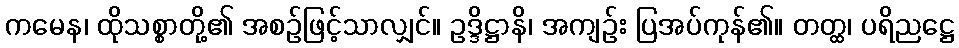
ကမေန၊ ထိုသစ္စာတို့၏ အစဉ်ဖြင့်သာလျှင်။ ဥဒ္ဒိဋ္ဌာနိ၊ အကျဉ်း ပြအပ်ကုန်၏။ တတ္ထ၊ ပရိညဋ္ဌေ